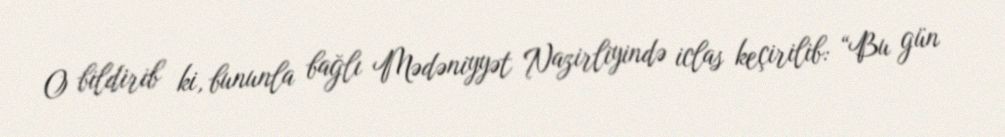
O bildirib ki, bununla bağlı Mədəniyyət Nazirliyində iclas keçirilib: “Bu gün